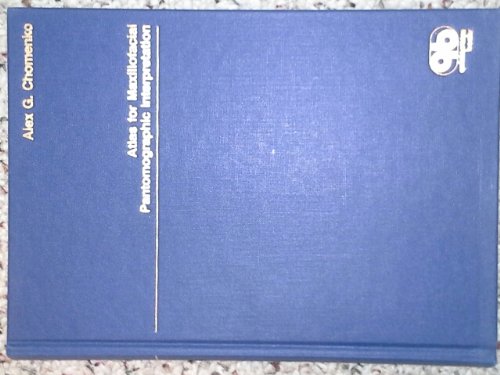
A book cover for Atlas for Maxillofacial Pantomographic Interpretation; Alex G. Chomenko; Medical Books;